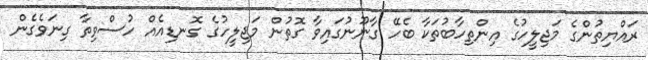
ރައްޔިތުންގެ މަޖިލީހުގެ އިންތިހާބުތަކާ ބެހޭ ގާނޫނުގައިވާ ގޮތުން މަޖިލީހުގެ ގޮނޑިއެއް ހުސްވިތާ ގިނަވެގެން